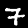
Label: 7